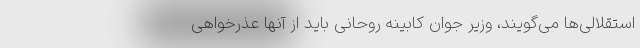
استقلالی‌ها می‌گویند، وزیر جوان کابینه روحانی باید از آنها عذرخواهی